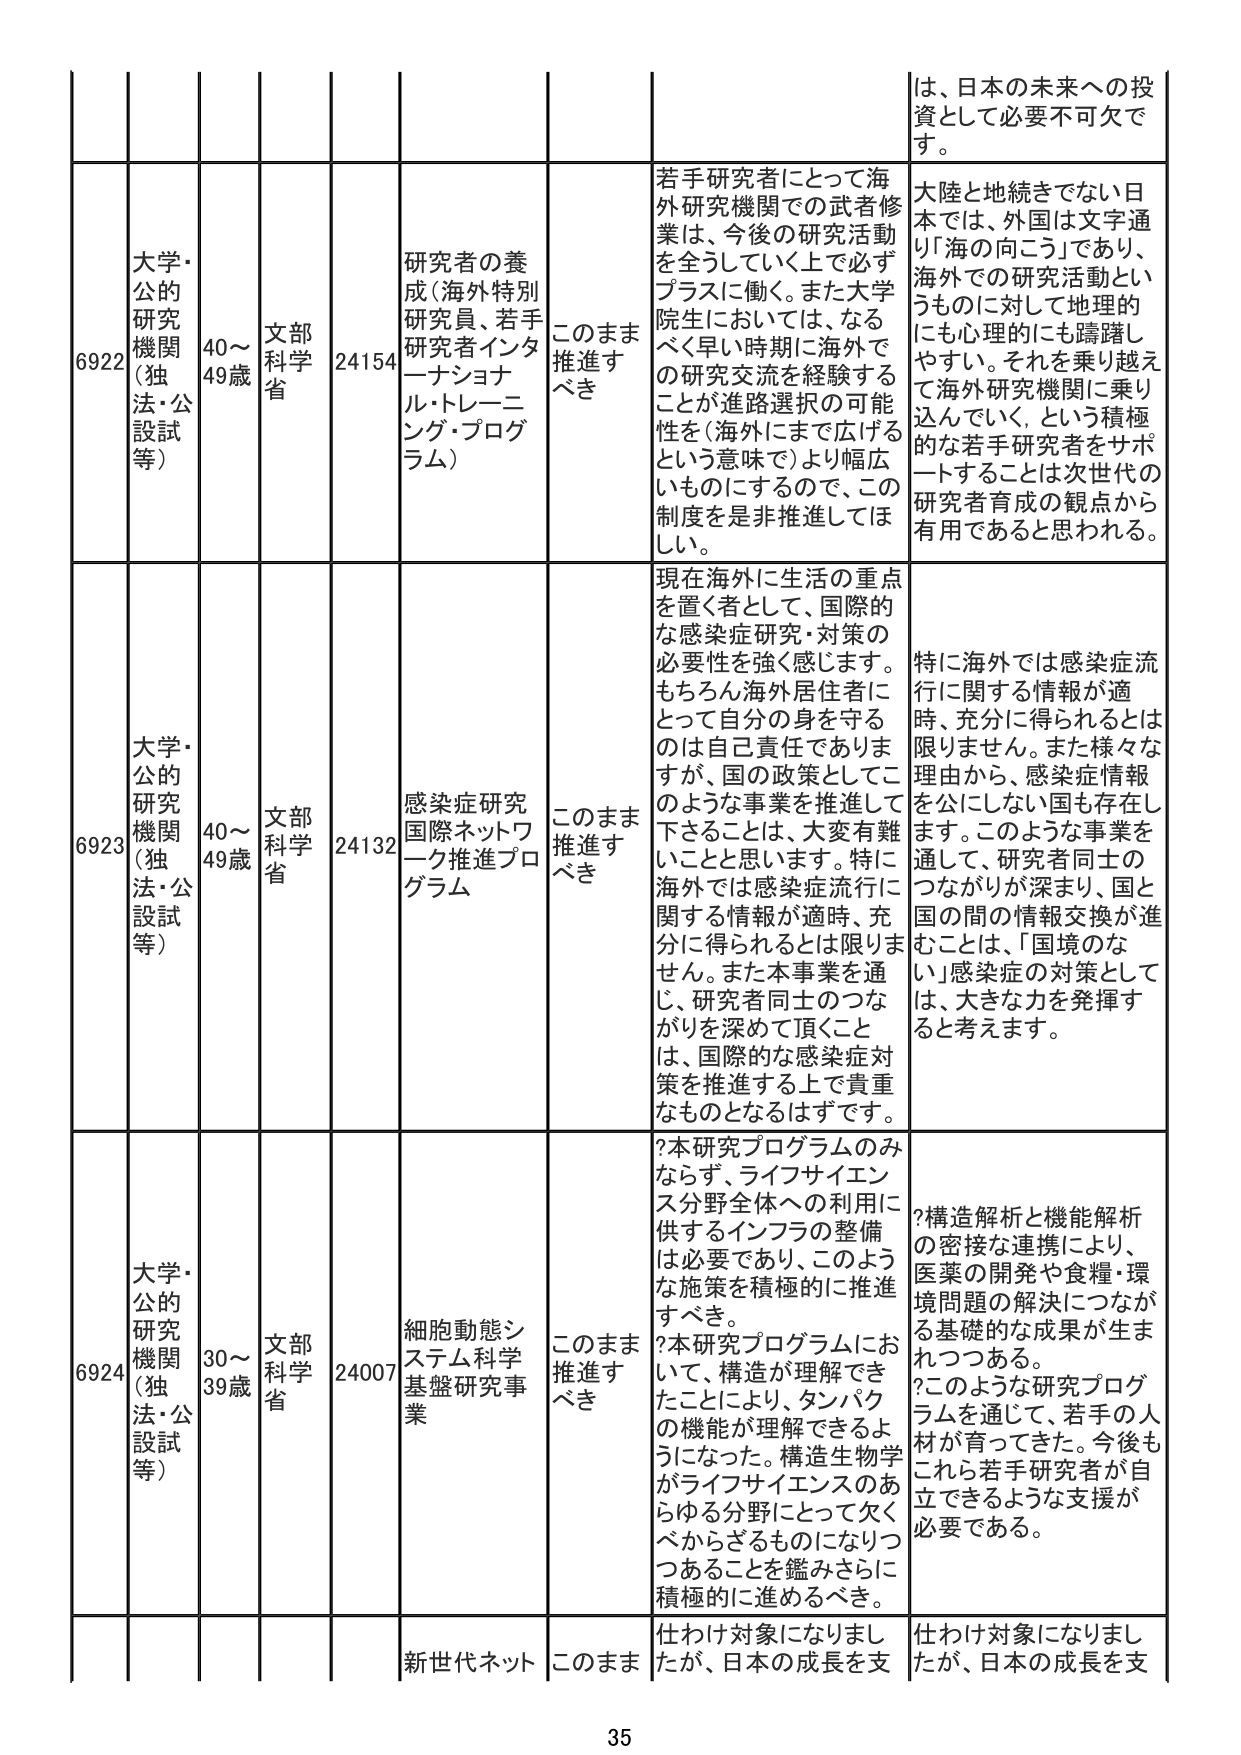
は、日本の未来への投資として必要不可欠です。

6922 大学・公的研究機関（独法・公設試等） 40～49歳 文部科学省 24154 研究者の養成（海外特別研究員、若手研究者インターナショナル・トレーニング・プログラム） このまま推進すべき 若手研究者にとって海外研究機関での武者修行は、今後の研究活動を全うしていく上で必ずプラスに働く。また大学院生においては、なるべく早い時期に海外での研究交流を経験することが進路選択の可能性を（海外にまで広げるという意味で）より幅広いものにするので、この制度を是非推進してほしい。 大陸と地続きでない日本では、外国は文字通り「海の向こう」であり、海外での研究活動というものに対して地理的にも心理的にも躊躇しやすい。それを乗り越えて海外研究機関に乗り込んでいく、という積極的な若手研究者をサポートすることは次世代の研究者育成の観点から有用であると思われる。

6923 大学・公的研究機関（独法・公設試等） 40～49歳 文部科学省 24132 感染症研究国際ネットワーク推進プログラム このまま推進すべき 現在海外に生活の重点を置く者として、国際的な感染症研究・対策の必要性を強く感じます。もちろん海外居住者にとって自分の身を守るのは自己責任でありますが、国の政策としてこのような事業を推進して下さることは、大変有難いことと思います。特に海外では感染症流行に関する情報が適時、充分に得られるとは限りません。また本事業を通じ、研究者同士のつながりを深めて頂くことは、国際的な感染症対策を推進する上で貴重なものとなるはずです。 特に海外では感染症流行に関する情報が適時、充分に得られるとは限りません。また様々な理由から、感染症情報を公にしない国も存在します。このような事業を通じて、研究者同士のつながりが深まり、国と国の間の情報交換が進むことは、「国境のない」感染症の対策としては、大きな力を発揮すると考えます。

6924 大学・公的研究機関（独法・公設試等） 30～39歳 文部科学省 24007 細胞動態システム科学基盤研究事業 このまま推進すべき?本研究プログラムのみならず、ライフサイエンス分野全体への利用に供するインフラの整備は必要であり、このような施策を積極的に推進すべき。?本研究プログラムにおいて、構造が理解できたことにより、タンパクの機能が理解できるようになった。構造生物学がライフサイエンスのあらゆる分野にとって欠くべからざるものになりつつあることを鑑みさらに積極的に進めるべき。?構造解析と機能解析の密接な連携により、医薬の開発や食糧・環境問題の解決につながる基礎的な成果が生まれつつある。?このような研究プログラムを通じて、若手の人材が育ってきた。今後もこれら若手研究者が自立できるような支援が必要である。

新世代ネット このまま 仕わけ対象になりましたが、日本の成長を支 仕わけ対象になりましたが、日本の成長を支

35